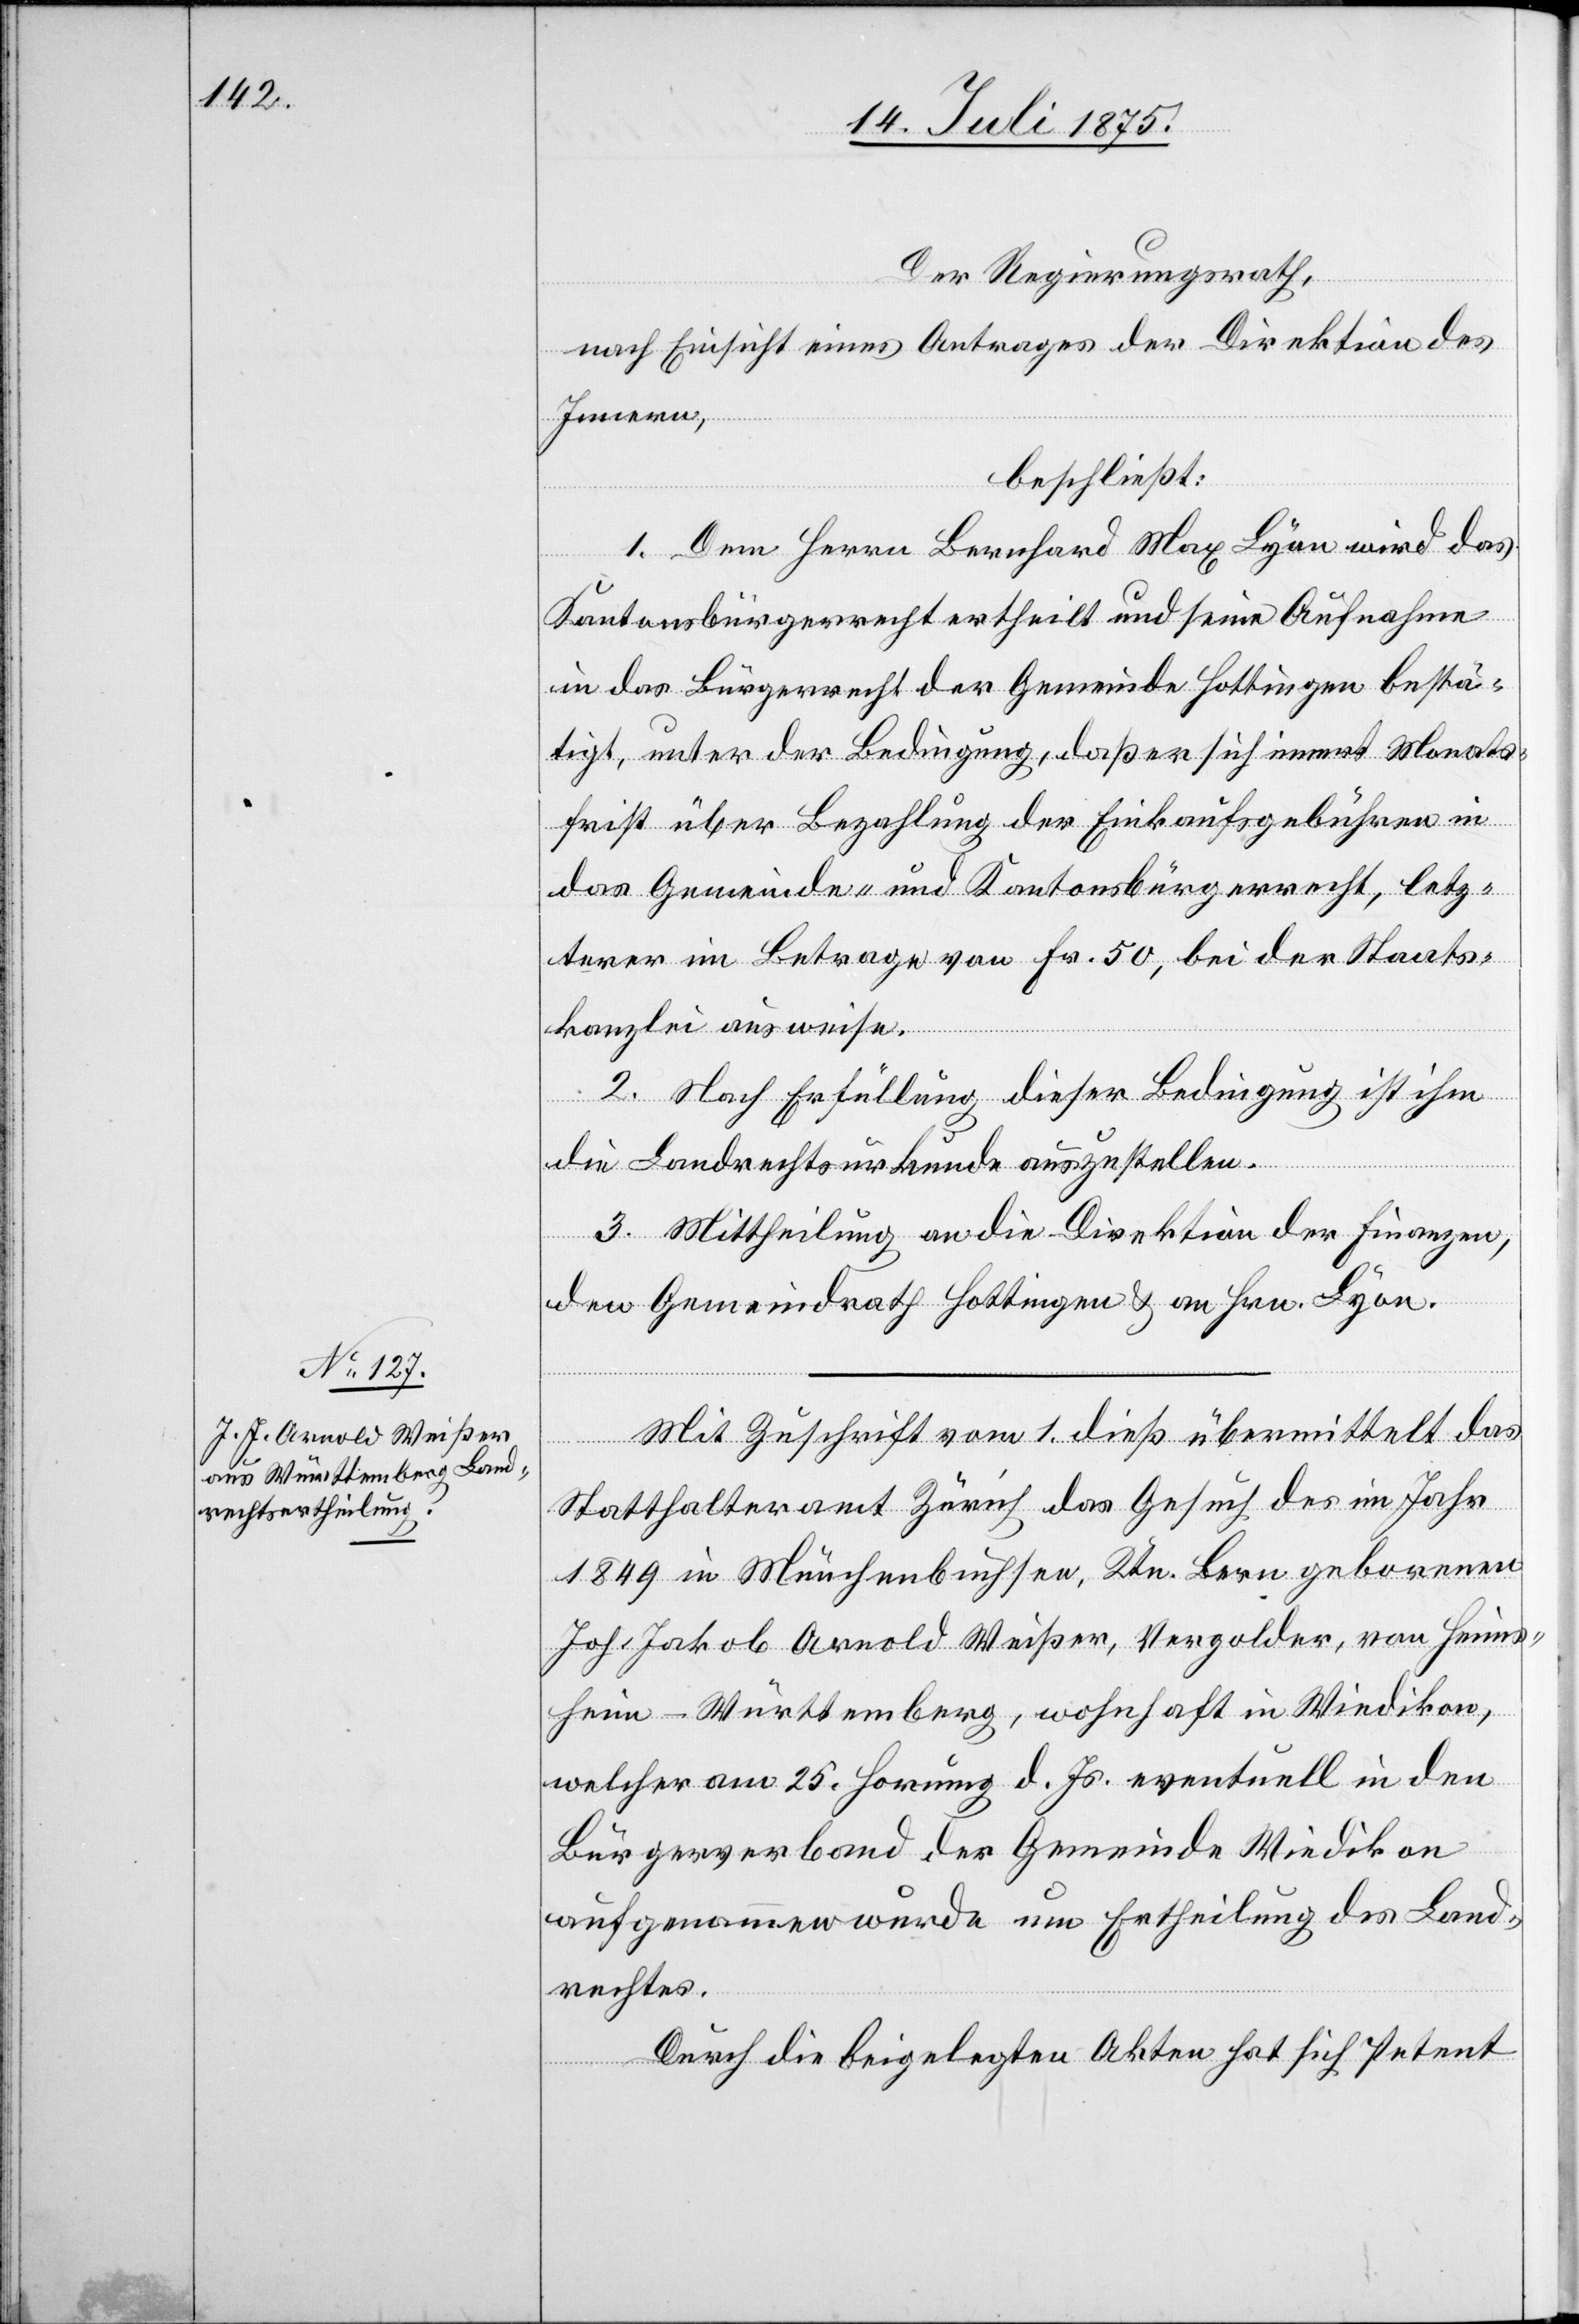
Mit Zuschrift vom 1. dieß übermittelt das
Statthalteramt Zürich das Gesuch das im Jahr
1849 in Münchenbuchsee, Ktn. Bern geborenen
Joh. Jakob Arnold Meißer, Vergolder von Heins¬
heim - Württemberg, wohnhaft in Wiedikon,
welcher am 25. Hornung d. Js. eventuell in den
Bürgerverband der Gemeinde Wiedikon
aufgenommen wurde um Ertheilung des Land¬
rechtes.
Durch die beigelegten Akten hat sich Petent